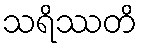
သရိဿတိ